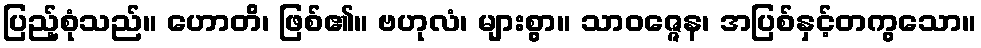
ပြည့်စုံသည်။ ဟောတိ၊ ဖြစ်၏။ ဗဟုလံ၊ များစွာ။ သာဝဇ္ဇေန၊ အပြစ်နှင့်တကွသော။